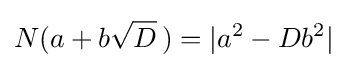
N(a+b{\sqrt {D}}\,)=|a^{2}-Db^{2}|